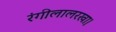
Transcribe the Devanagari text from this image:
रंगीलालरखा।